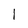
Character: l